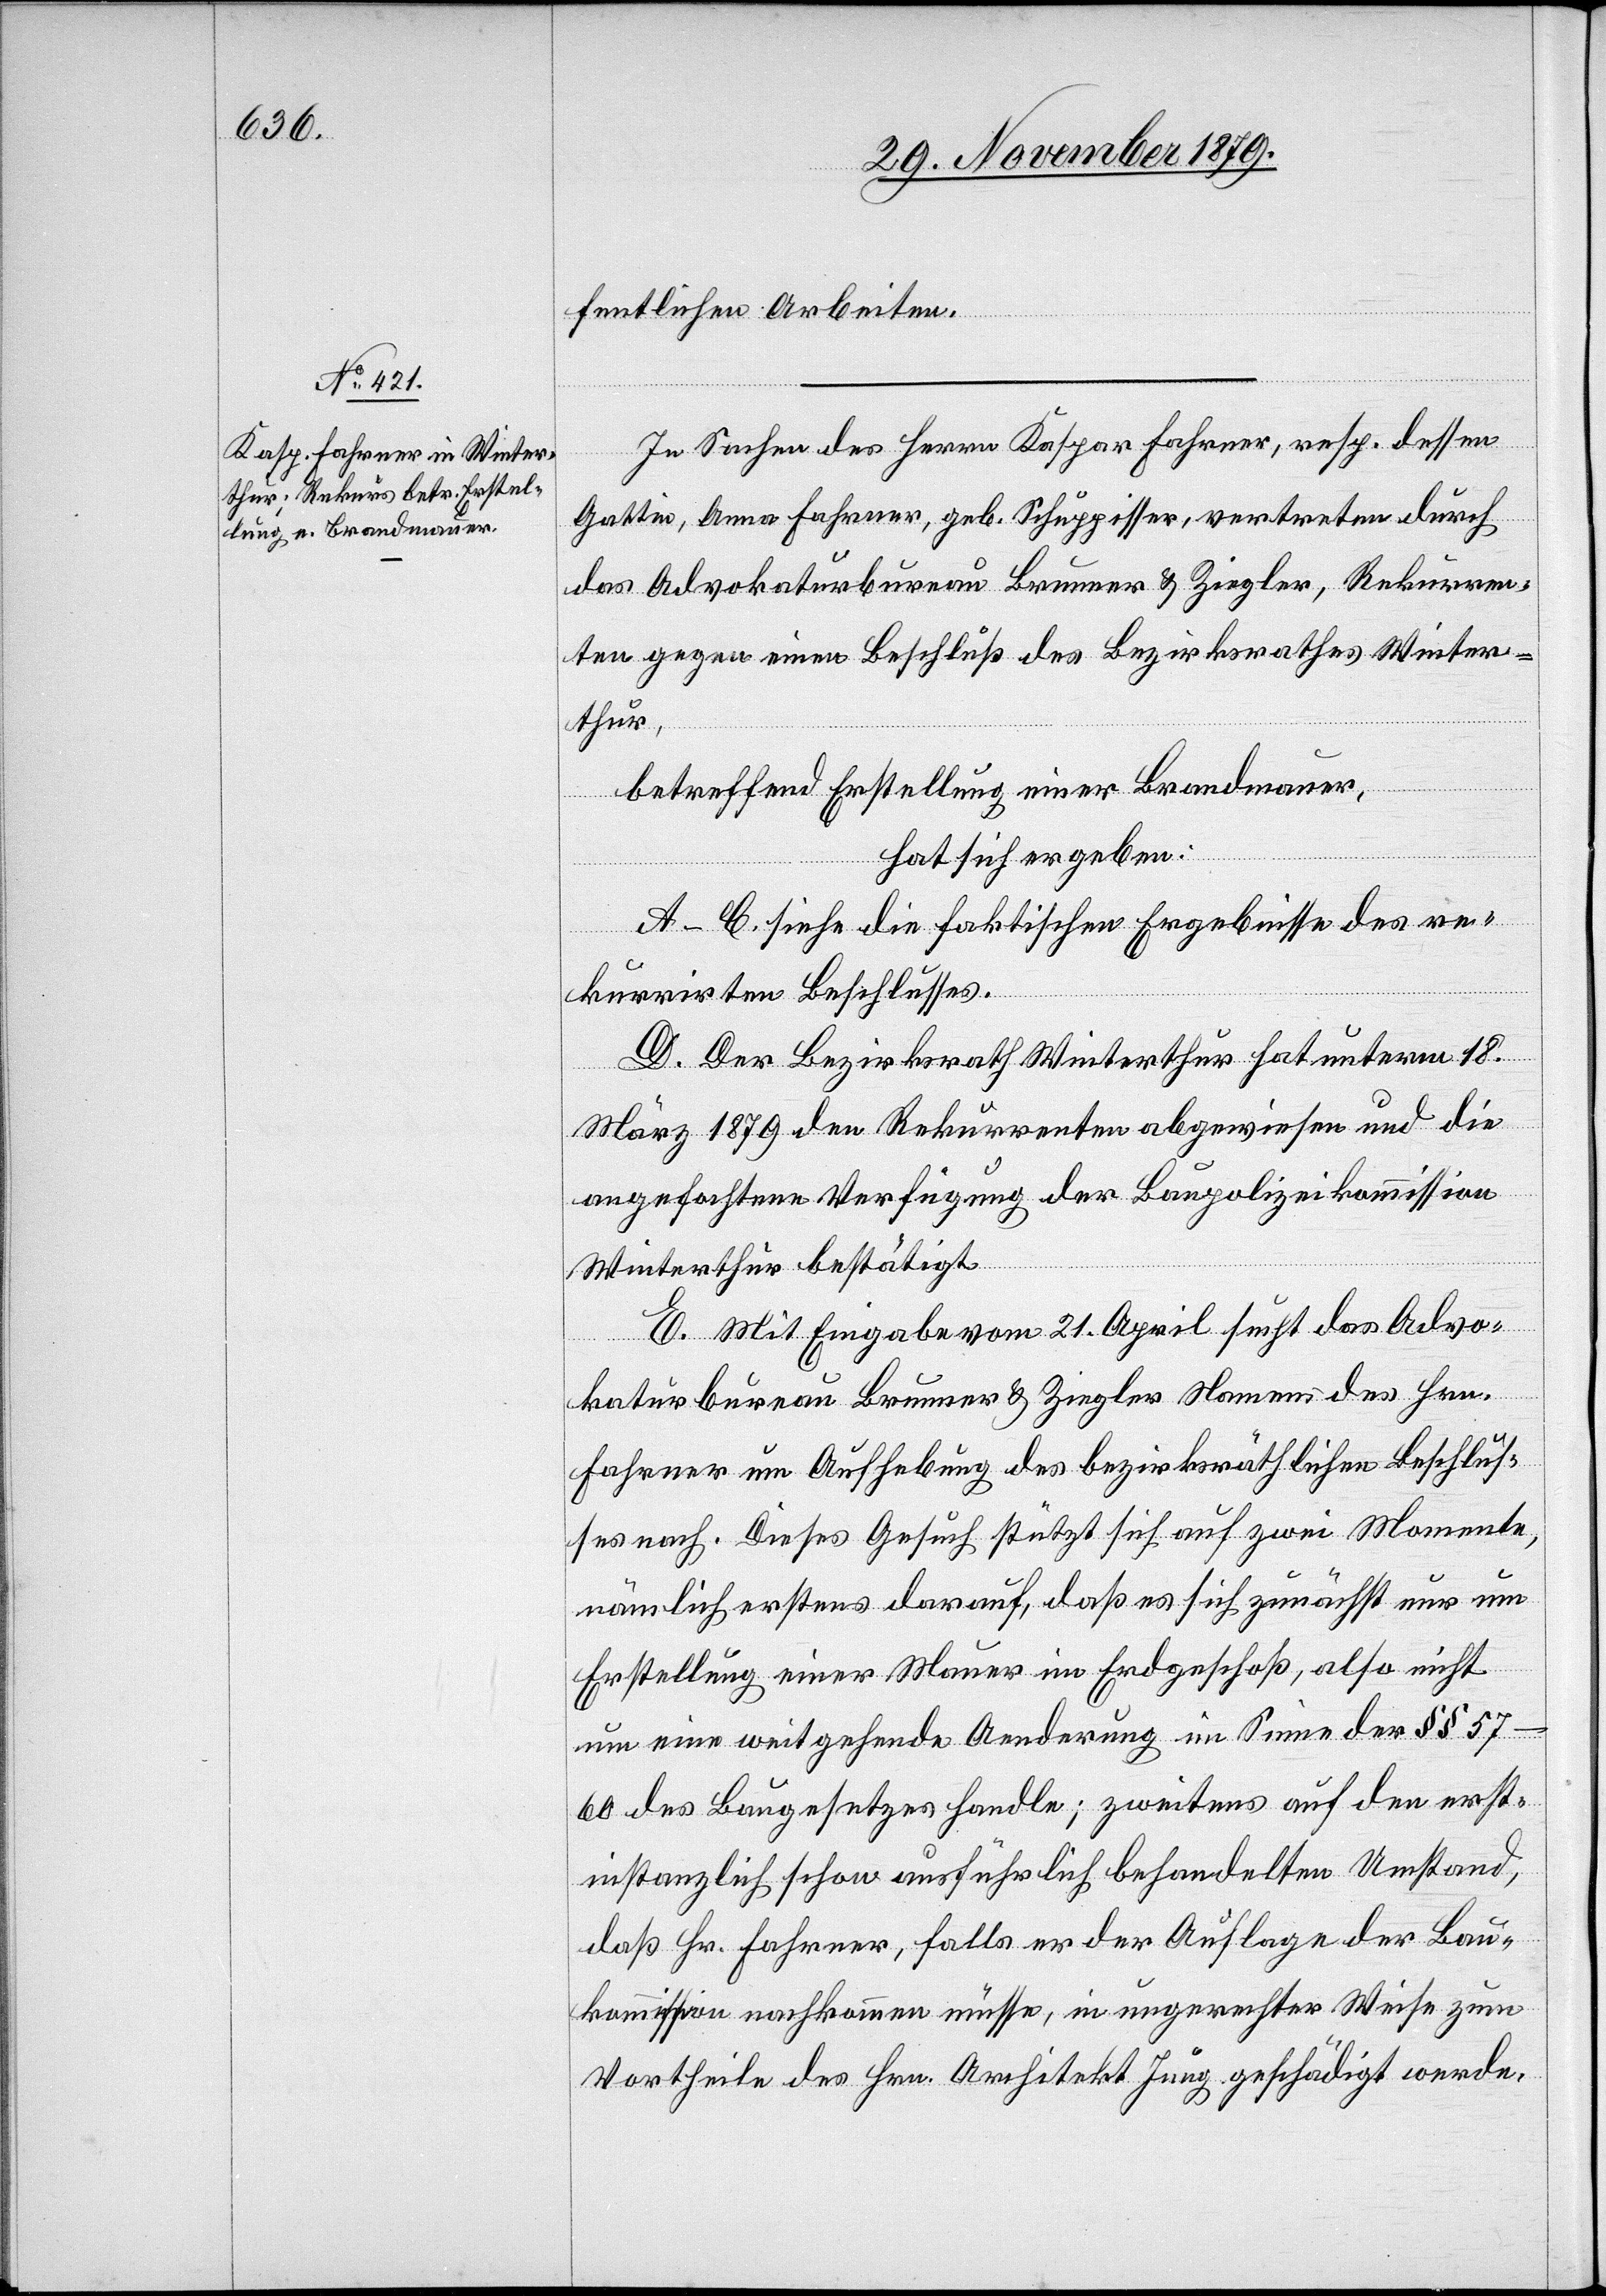
fentlichen Arbeiten.
In Sachen des Herrn Kaspar Fahrer, resp. dessen
Gattin, Anna Fahrer, geb. Schuppisser, vertreten durch
das Advokaturbureau Brunner & Ziegler, Rekurren¬
ten gegen einen Beschluß des Bezirksrathes Winter¬
thur,
betreffend Erstellung einer Brandmauer,
hat sich ergeben:
A–C. siehe die faktischen Ergebnisse des re¬
kurrirten Beschlusses.
D. Der Bezirksrath Winterthur hat unterm 18.
März 1879 den Rekurrenten abgewiesen und die
angefochtene Verfügung der Baupolizeikommission
Winterthur bestätigt.
E. Mit Eingabe vom 21. April sucht das Advo¬
katurbureau Brunner & Ziegler Namens des Hrn.
Fahrer um Aufhebung des bezirksräthlichen Beschlus¬
ses nach. Dieses Gesuch stützt sich auf zwei Momente,
nämlich erstens darauf, daß es sich zunächst nur um
Erstellung einer Mauer im Erdgeschoß, also nicht
um eine weitgehende Aenderung im Sinne der §§ 57–60
des Baugesetzes handle; zweitens auf den erst¬
instanzlich schon ausführlich behandelten Umstand,
daß Hr. Fahrer, falls er der Auflage der Bau¬
kommission nachkommen müsse, in ungerechter Weise zum
Vortheile des Hrn. Architekt Jung geschädigt werde.